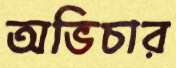
অভিচার